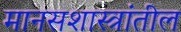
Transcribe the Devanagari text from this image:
मानसशास्त्रांतील